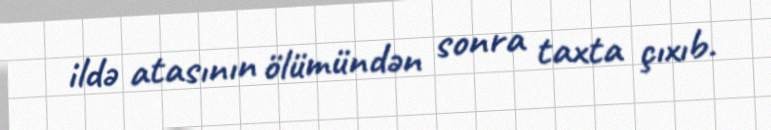
ildə atasının ölümündən sonra taxta çıxıb.